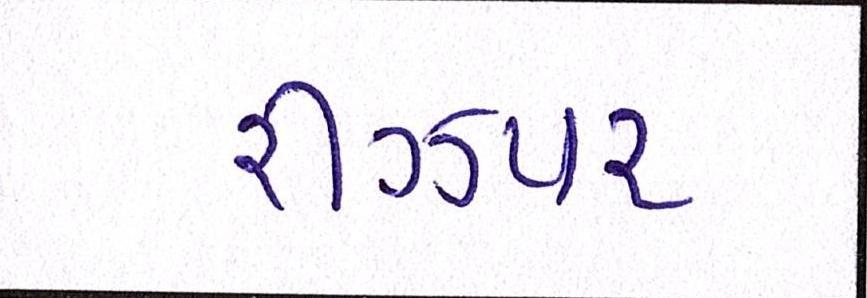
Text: રીઝપર